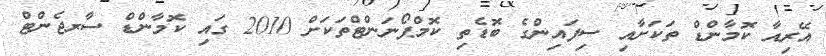
އޭރިއާ ކޮމާންޑް ތަކަށާއި ސިފައިންގެ ބޮޑެތި ކޮމްޕޯނަންޓްތަކަށް 2010 ގައި ކޮމާންޑް ސާރޖެންޓް